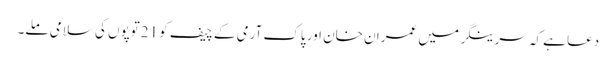
دعا ہے کہ سرینگر میں عمران خان اور پاک آرمی کے چیف کو 21توپوں کی سلامی ملے۔